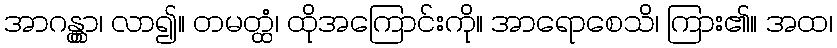
အာဂန္တွာ၊ လာ၍။ တမတ္ထံ၊ ထိုအကြောင်းကို။ အာရောစေသိ၊ ကြား၏။ အထ၊